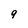
Character: 9